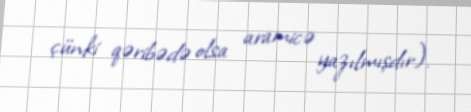
çünki qəribədə olsa aramicə yazılmışdır).